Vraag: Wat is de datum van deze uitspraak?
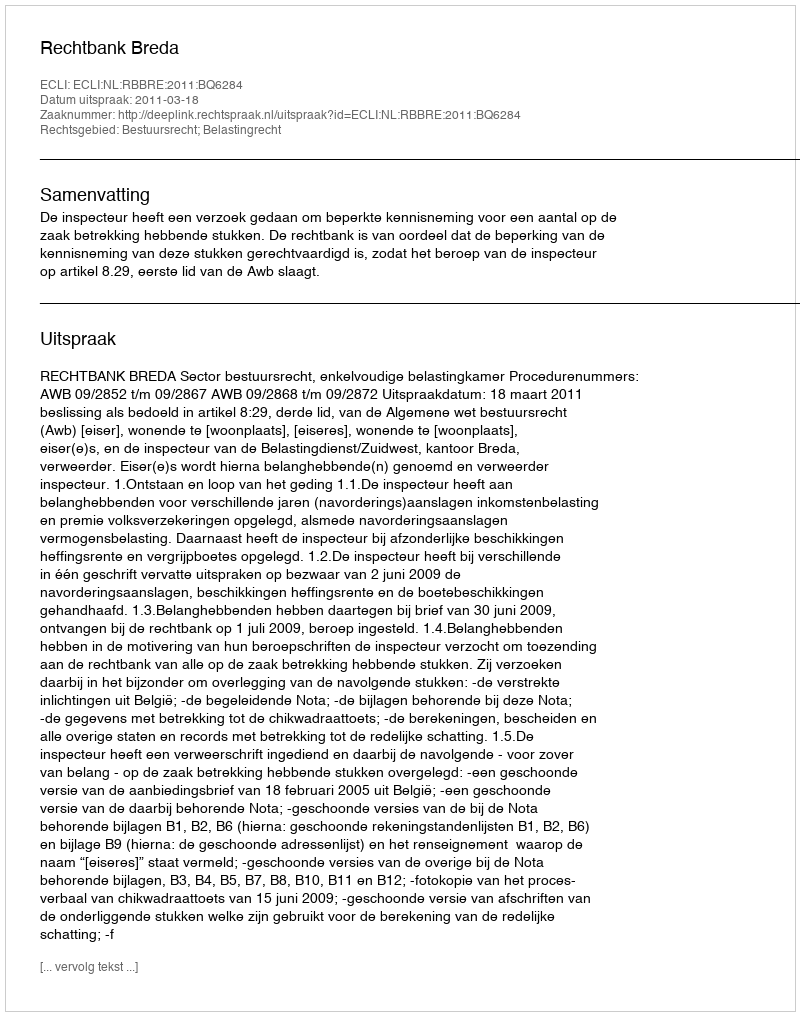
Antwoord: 2011-03-18